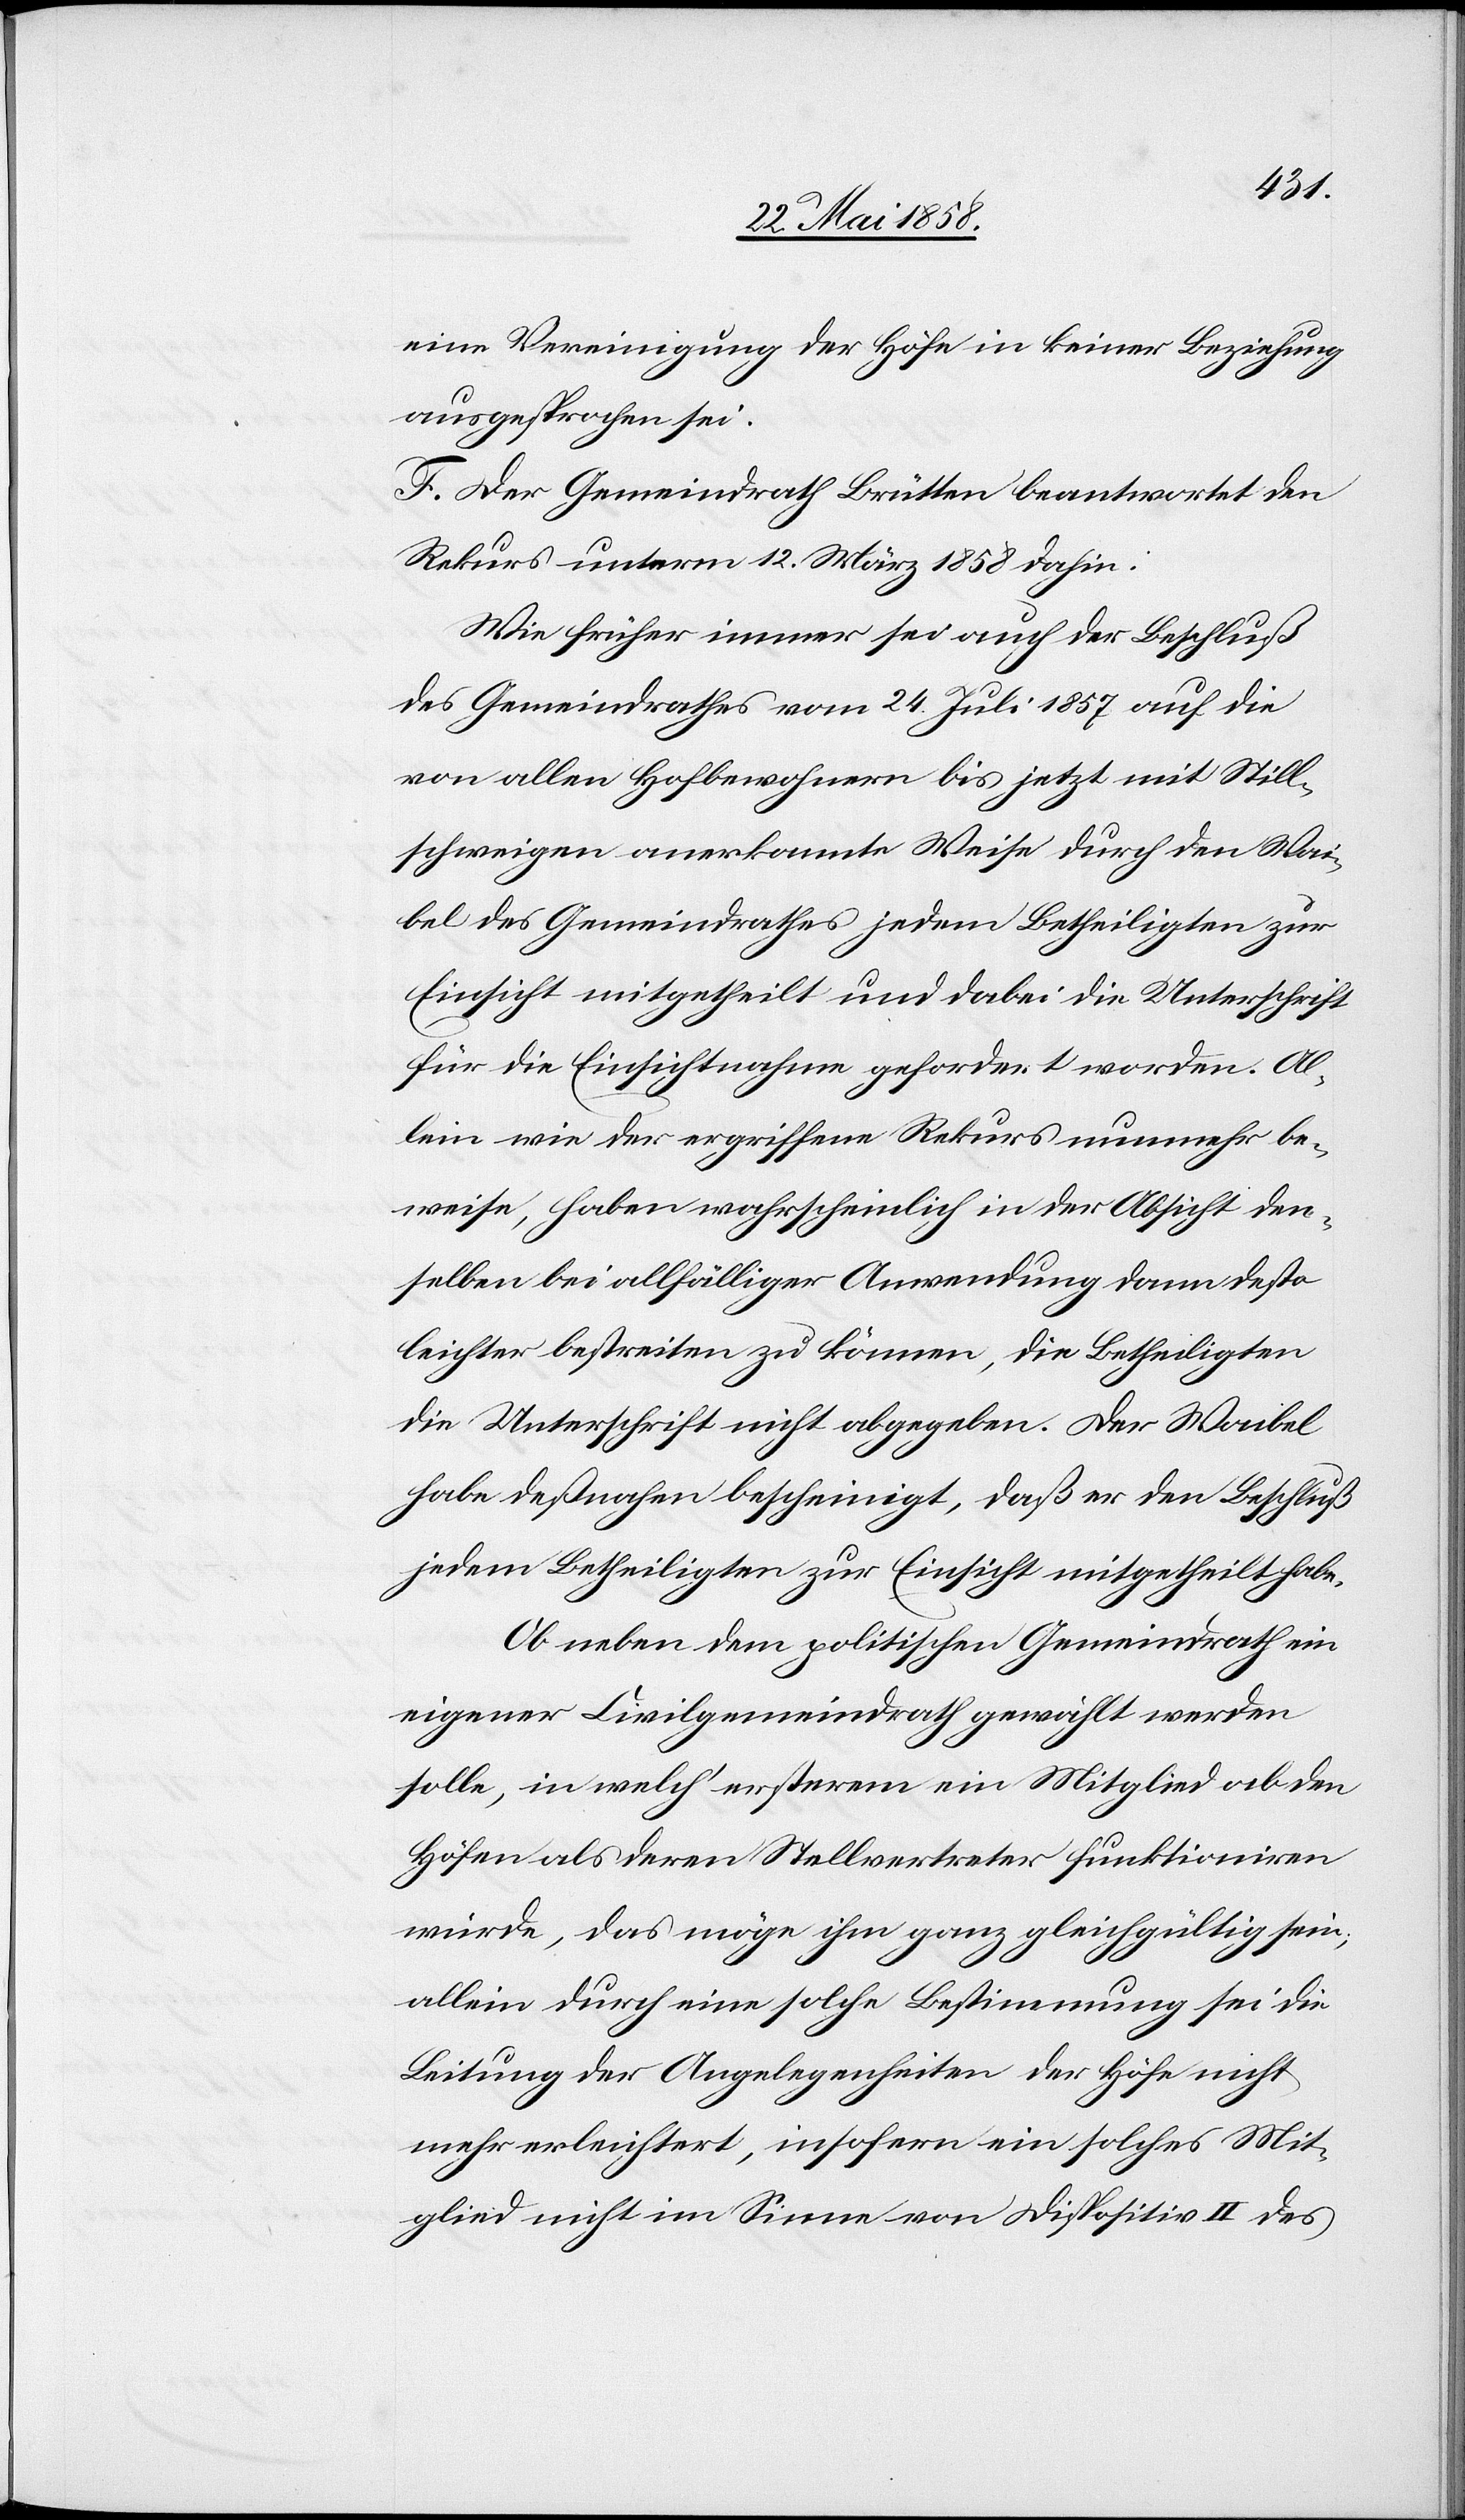
eine Vereinigung der Höfe in keiner Beziehung
ausgesprochen sei.
F. Der Gemeindrath Brütten beantwortet den
Rekurs unterm 12. März 1858 dahin:
Wie früher immer sei auch der Beschluß
des Gemeindrathes vom 24. Juli 1857 auf die
von allen Hofbewohnern bis jetzt mit Still¬
schweigen anerkannte Weise durch den Wai¬
bel des Gemeindrathes jedem Betheiligten zur
Einsicht mitgetheilt und dabei die Unterschrift
für die Einsichtnahme gefordert worden. Al¬
lein wie der ergriffene Rekurs nunmehr be¬
weise, haben wahrscheinlich in der Absicht den¬
selben bei allfälliger Anwendung dann desto
leichter bestreiten zu können, die Betheiligten
die Unterschrift nicht abgegeben. Der Waibel
habe deßnahen bescheinigt, daß er den Beschluß
jedem Betheiligten zur Einsicht mitgetheilt habe.
Ob neben dem politischen Gemeindrath ein
eigener Civilgemeindrath gewählt werden
solle, in welch’ ersterm ein Mitglied ab den
Höfen als deren Stellvertreter funktioniren
würde, das möge ihm ganz gleichgültig sein;
allein durch eine solche Bestimmung sei die
Leitung der Angelegenheiten der Höfe nicht
mehr erleichtert, insofern ein solches Mit¬
glied nicht im Sinne von Dispositiv II des